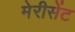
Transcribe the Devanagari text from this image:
मेरीसेंट